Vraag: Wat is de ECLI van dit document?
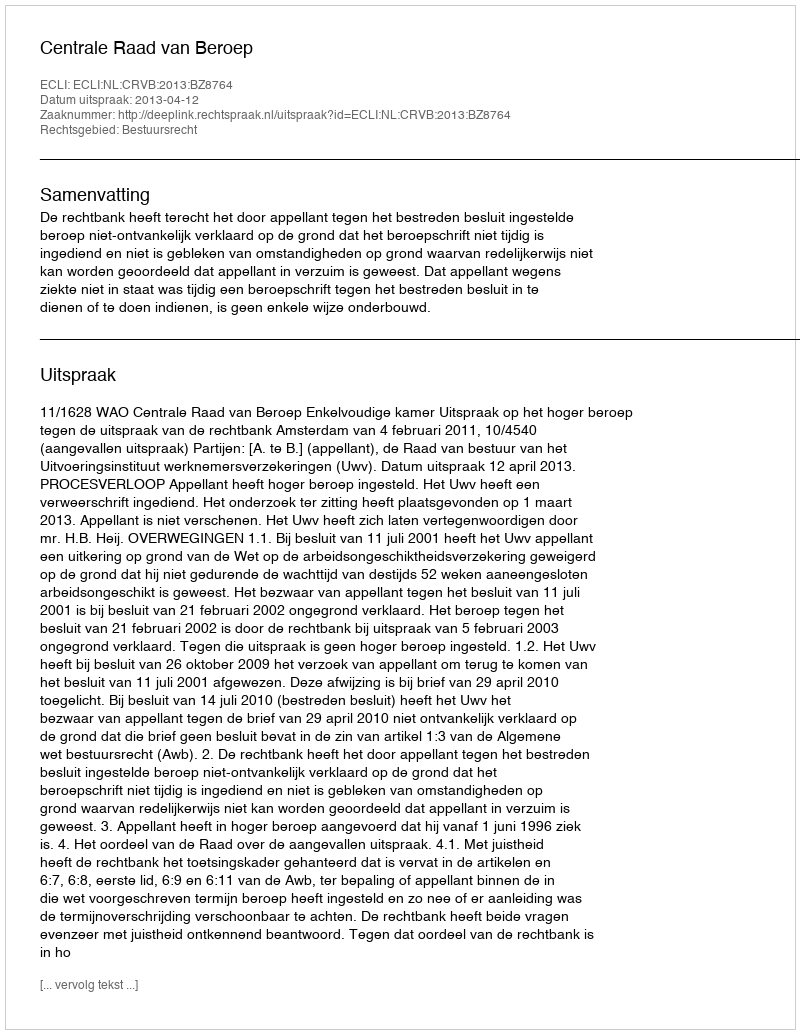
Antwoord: ECLI:NL:CRVB:2013:BZ8764